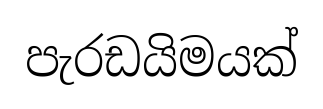
පැරඩයිමයක්